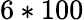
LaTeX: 6*100